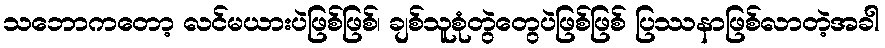
သဘောကတော့ လင်မယားပဲဖြစ်ဖြစ်၊ ချစ်သူစုံတွဲတွေပဲဖြစ်ဖြစ် ပြဿနာဖြစ်လာတဲ့အခါ